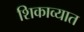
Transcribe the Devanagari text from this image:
शिकाव्यात